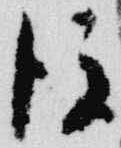
後